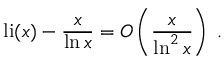
\operatorname { l i } ( x ) - { \frac { x } { \ln x } } = O \left( { \frac { x } { \ln ^ { 2 } x } } \right) \; .